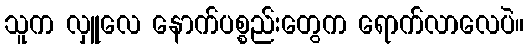
သူက လှူလေ နောက်ပစ္စည်းတွေက ရောက်လာလေပဲ။